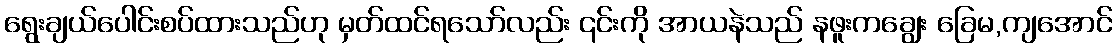
ရွေးချယ်ပေါင်းစပ်ထားသည်ဟု မှတ်ထင်ရသော်လည်း ၎င်းကို အာယနဲသည် နဖူးကချွေး ခြေမ,ကျအောင်